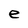
Character: e